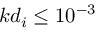
k d _ { i } \leq 1 0 ^ { - 3 }